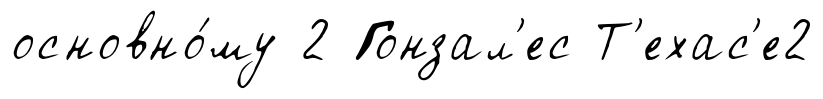
основно́му 2 Гонзал'ес Т'ехас'е2